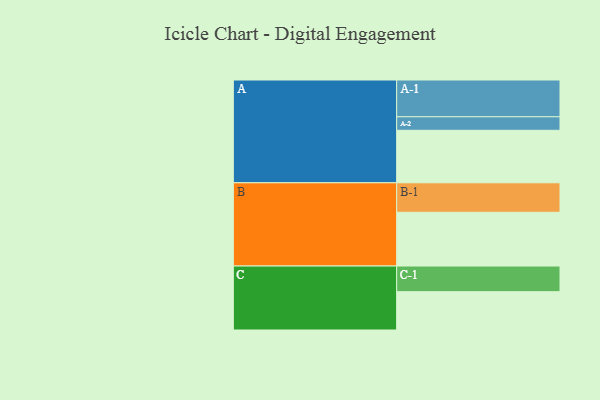
{"axis": {"x": "Segment", "y": "Value"}, "legend": ["", "A", "B", "C"], "data": [{"x": "A", "y": 411, "type": ""}, {"x": "B", "y": 421, "type": ""}, {"x": "C", "y": 300, "type": ""}, {"x": "A-1", "y": 288, "type": "A"}, {"x": "A-2", "y": 106, "type": "A"}, {"x": "B-1", "y": 231, "type": "B"}, {"x": "C-1", "y": 201, "type": "C"}]}